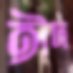
ঈদ